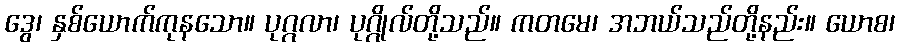
ဒွေ၊ နှစ်ယောက်ကုနသော။ ပုဂ္ဂလာ၊ ပုဂ္ဂိုလ်တို့သည်။ ကတမေ၊ အဘယ်သည်တို့နည်း။ ယောစ၊